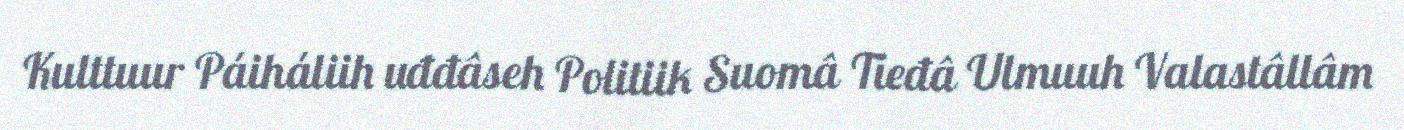
Kulttuur Páiháliih uđđâseh Politiik Suomâ Tieđâ Ulmuuh Valastâllâm